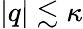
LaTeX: |q|\lesssim\kappa